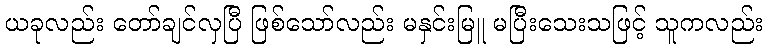
ယခုလည်း တော်ချင်လှပြီ ဖြစ်သော်လည်း မနှင်းမြူ မပြီးသေးသဖြင့် သူကလည်း